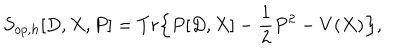
S _ { o p , h } [ D , X , P ] = T r \Big \{ P [ D , X ] - \frac { 1 } { 2 } P ^ { 2 } - V ( X ) \Big \} ,